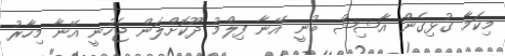
މިކަމާ ގުޅިގެން އާޝިޝް ބުނީ އޭނާ ފިލްމު ދޫކޮށްލަން ޖެހުނީ އޭނާ މިހާރު